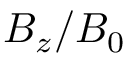
B _ { z } / B _ { 0 }